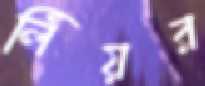
লিঁয়র